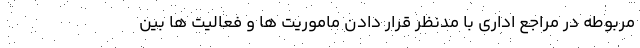
مربوطه در مراجع اداری با مدنظر قرار دادن ماموریت ها و فعالیت ها بین